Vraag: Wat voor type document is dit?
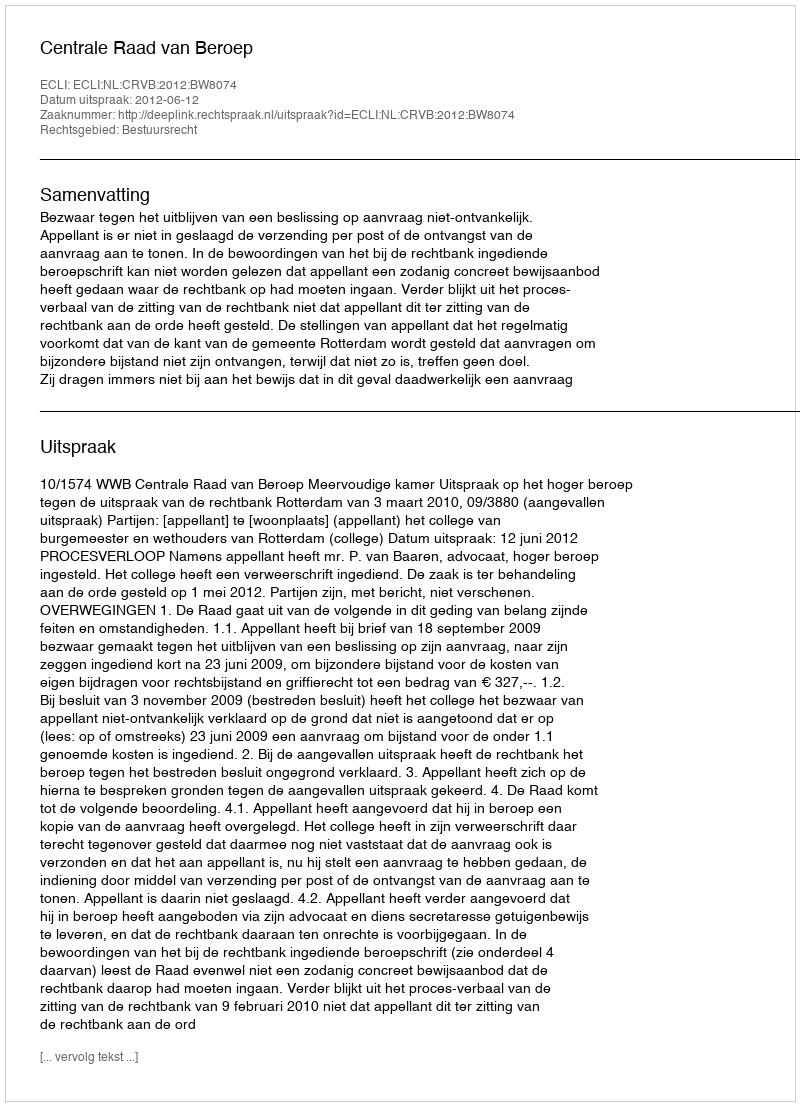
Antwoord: Uitspraak